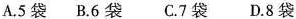
A. 5袋 B. 6袋 C.7 袋 D. 8袋